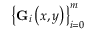
\left\{ { \bf G } _ { i } \left( x , y \right) \right\} _ { i = 0 } ^ { m }